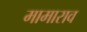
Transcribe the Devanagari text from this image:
मामाराव